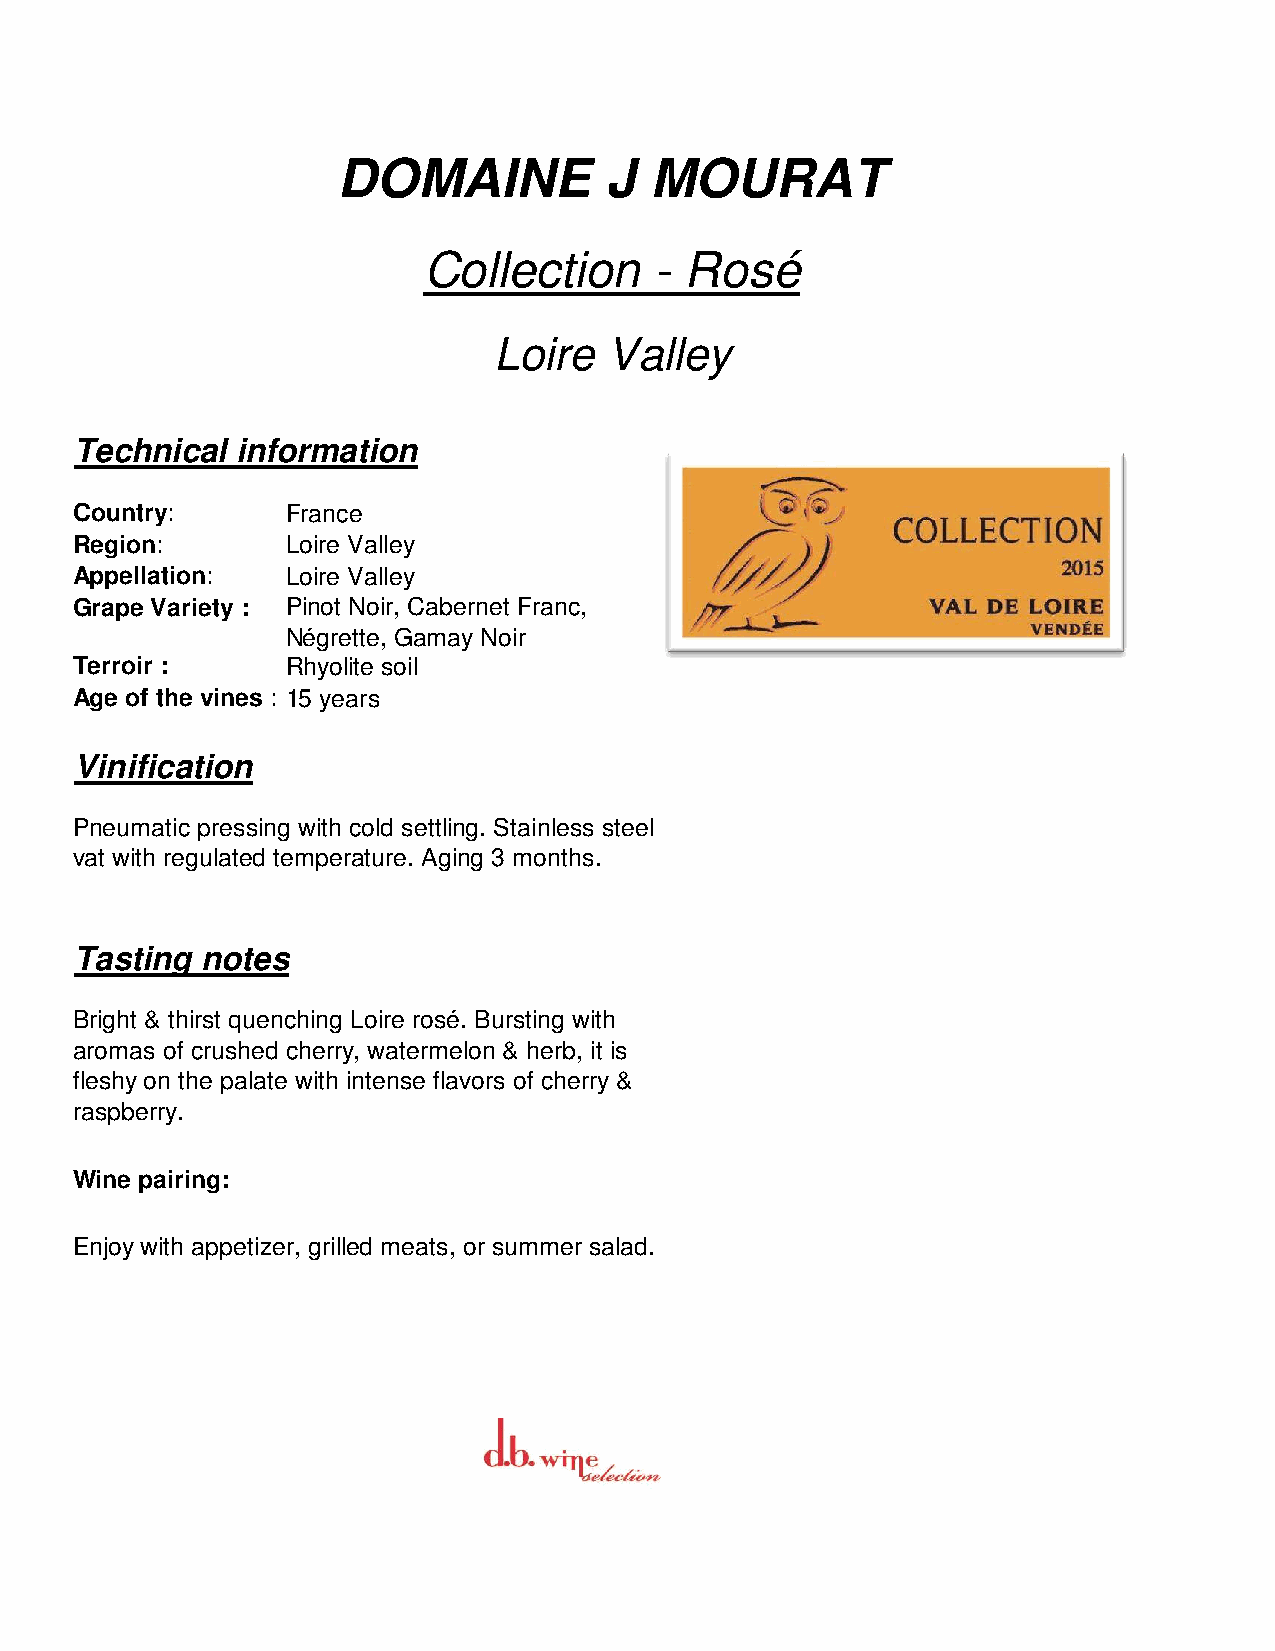
DOMAINE           J  MOURAT
 Collection     - Rosé
 Loire  Valley
 Technical  information
 Country:      France
 Region:       Loire Valley
 Appellation:  Loire Valley
 Grape Variety : Pinot Noir, Cabernet Franc,
 Négrette, Gamay Noir
 Terroir :     Rhyolite soil
 Age of the vines : 15 years
 Vinification
 Pneumatic pressing with cold settling. Stainless steel
 vat with regulated temperature. Aging 3 months.
 Tasting notes
 Bright & thirst quenching Loire rosé. Bursting with
 aromas of crushed cherry, watermelon & herb, it is
 fleshy on the palate with intense flavors of cherry &
 raspberry.
 Wine pairing:
 Enjoy with appetizer, grilled meats, or summer salad.